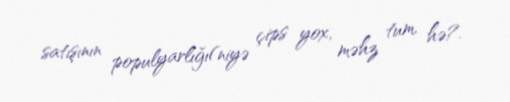
satışının populyarlığı(niyə çips yox, məhz tum, hə?.